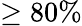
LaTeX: \geq 80\%